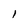
Character: l